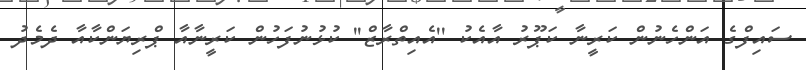
ސައިފްގެ އަންހެނުން ކަރީނާ ކަޕޫރު އާއެކު ''އެއިތްރާޒް'' ކުޅުނުފަހުން ކަރީނާއާ ޕްރިޔަންކާއާ ދެމެދު